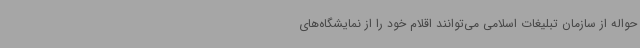
حواله از سازمان تبلیغات اسلامی می‌توانند اقلام خود را از نمایشگاه‌های